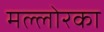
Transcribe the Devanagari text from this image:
मल्लोरका